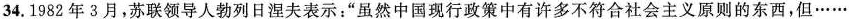
34.1982年3月，苏联领导人勃列日涅夫表示”虽然中国现行政策中有许多不符合社会主义原则的东西，但……